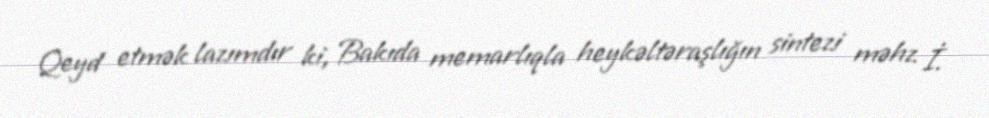
Qeyd etmək lazımdır ki, Bakıda memarlıqla heykəltəraşlığın sintezi məhz İ.